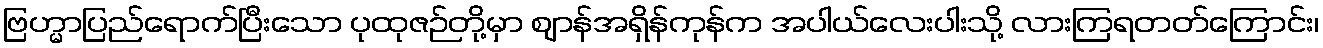
ဗြဟ္မာပြည်ရောက်ပြီးသော ပုထုဇဉ်တို့မှာ ဈာန်အရှိန်ကုန်က အပါယ်လေးပါးသို့ လားကြရတတ်ကြောင်း၊